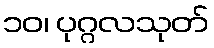
၁၀၊ ပုဂ္ဂလသုတ်